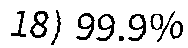
18) 99.9%